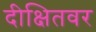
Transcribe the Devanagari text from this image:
दीक्षितवर